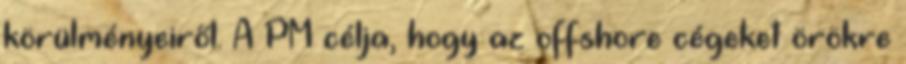
körülményeiről. A PM célja, hogy az offshore cégeket örökre